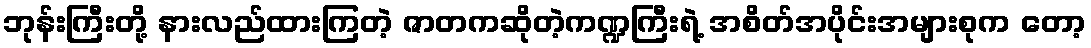
ဘုန်းကြီးတို့ နားလည်ထားကြတဲ့ ဇာတကဆိုတဲ့ကဏ္ဍကြီးရဲ့ အစိတ်အပိုင်းအများစုက တော့